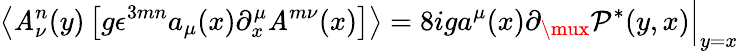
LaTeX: \left\langle\mathit{A}_{\nu}^{n}(y)\left[g\epsilon^{3mn}a_{\mu}(x)\partial_{x}^{\mu}\mathit{A}^{m\nu}(x)\right]\right\rangle=8iga^{\mu}(x)\partial_{\mux}\mathcal{P}^{*}(y,x)\Bigr|_{y=x}